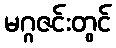
မဂ္ဂဇင်းတွင်